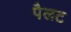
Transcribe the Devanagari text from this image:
पैलट